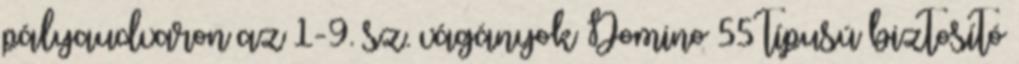
pályaudvaron az 1-9. sz. vágányok Domino 55 típusú biztosító